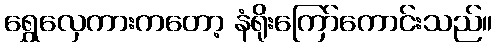
ရွှေလှေကားကတော့ နံရိုးကြော်ကောင်းသည်။